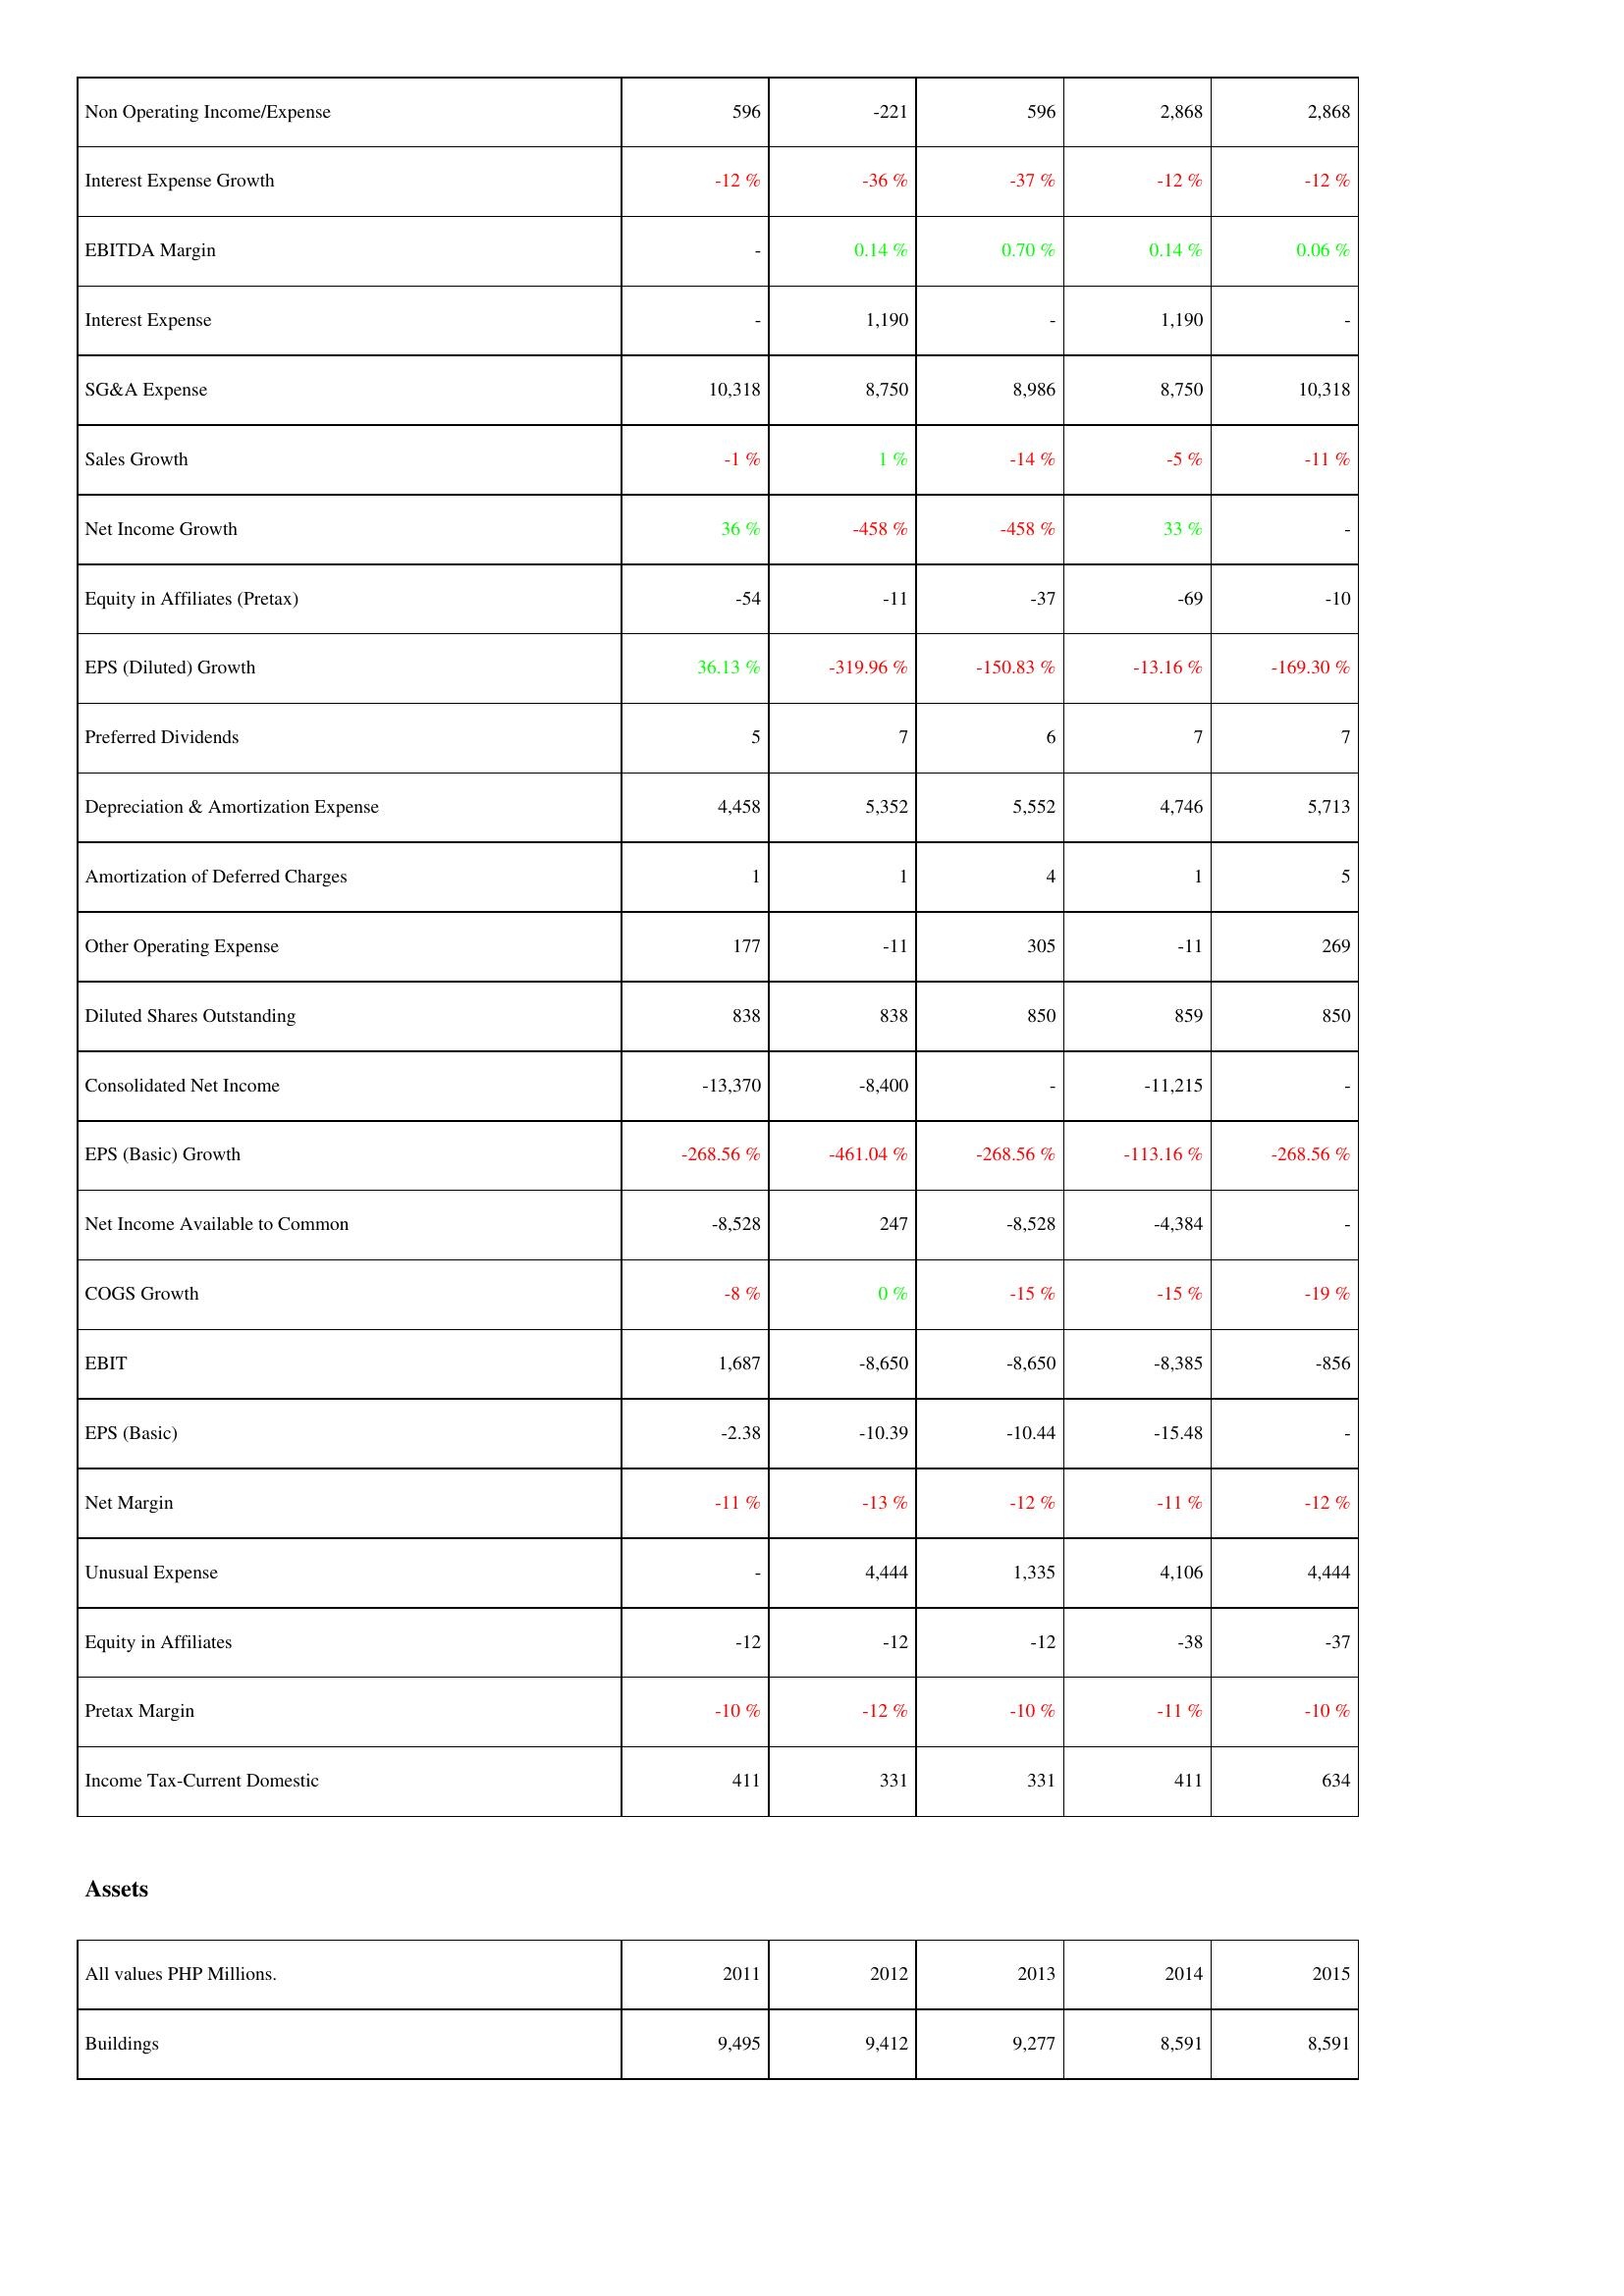
2011: Income Statement: Non Operating Income/Expense: 596
Interest Expense Growth: -12 %
EBITDA Margin: -
Interest Expense: -
SG&A Expense: 10,318
Sales Growth: -1 %
Net Income Growth: 36 %
Equity in Affiliates (Pretax): -54
EPS (Diluted) Growth: 36.13 %
Preferred Dividends: 5
Depreciation & Amortization Expense: 4,458
Amortization of Deferred Charges: 1
Other Operating Expense: 177
Diluted Shares Outstanding: 838
Consolidated Net Income: -13,370
EPS (Basic) Growth: -268.56 %
Net Income Available to Common: -8,528
COGS Growth: -8 %
EBIT: 1,687
EPS (Basic): -2.38
Net Margin: -11 %
Unusual Expense: -
Equity in Affiliates: -12
Pretax Margin: -10 %
Income Tax-Current Domestic: 411
Assets: Buildings: 9,495
2012: Income Statement: Non Operating Income/Expense: -221
Interest Expense Growth: -36 %
EBITDA Margin: 0.14 %
Interest Expense: 1,190
SG&A Expense: 8,750
Sales Growth: 1 %
Net Income Growth: -458 %
Equity in Affiliates (Pretax): -11
EPS (Diluted) Growth: -319.96 %
Preferred Dividends: 7
Depreciation & Amortization Expense: 5,352
Amortization of Deferred Charges: 1
Other Operating Expense: -11
Diluted Shares Outstanding: 838
Consolidated Net Income: -8,400
EPS (Basic) Growth: -461.04 %
Net Income Available to Common: 247
COGS Growth: 0 %
EBIT: -8,650
EPS (Basic): -10.39
Net Margin: -13 %
Unusual Expense: 4,444
Equity in Affiliates: -12
Pretax Margin: -12 %
Income Tax-Current Domestic: 331
Assets: Buildings: 9,412
2013: Income Statement: Non Operating Income/Expense: 596
Interest Expense Growth: -37 %
EBITDA Margin: 0.70 %
Interest Expense: -
SG&A Expense: 8,986
Sales Growth: -14 %
Net Income Growth: -458 %
Equity in Affiliates (Pretax): -37
EPS (Diluted) Growth: -150.83 %
Preferred Dividends: 6
Depreciation & Amortization Expense: 5,552
Amortization of Deferred Charges: 4
Other Operating Expense: 305
Diluted Shares Outstanding: 850
Consolidated Net Income: -
EPS (Basic) Growth: -268.56 %
Net Income Available to Common: -8,528
COGS Growth: -15 %
EBIT: -8,650
EPS (Basic): -10.44
Net Margin: -12 %
Unusual Expense: 1,335
Equity in Affiliates: -12
Pretax Margin: -10 %
Income Tax-Current Domestic: 331
Assets: Buildings: 9,277
2014: Income Statement: Non Operating Income/Expense: 2,868
Interest Expense Growth: -12 %
EBITDA Margin: 0.14 %
Interest Expense: 1,190
SG&A Expense: 8,750
Sales Growth: -5 %
Net Income Growth: 33 %
Equity in Affiliates (Pretax): -69
EPS (Diluted) Growth: -13.16 %
Preferred Dividends: 7
Depreciation & Amortization Expense: 4,746
Amortization of Deferred Charges: 1
Other Operating Expense: -11
Diluted Shares Outstanding: 859
Consolidated Net Income: -11,215
EPS (Basic) Growth: -113.16 %
Net Income Available to Common: -4,384
COGS Growth: -15 %
EBIT: -8,385
EPS (Basic): -15.48
Net Margin: -11 %
Unusual Expense: 4,106
Equity in Affiliates: -38
Pretax Margin: -11 %
Income Tax-Current Domestic: 411
Assets: Buildings: 8,591
2015: Income Statement: Non Operating Income/Expense: 2,868
Interest Expense Growth: -12 %
EBITDA Margin: 0.06 %
Interest Expense: -
SG&A Expense: 10,318
Sales Growth: -11 %
Net Income Growth: -
Equity in Affiliates (Pretax): -10
EPS (Diluted) Growth: -169.30 %
Preferred Dividends: 7
Depreciation & Amortization Expense: 5,713
Amortization of Deferred Charges: 5
Other Operating Expense: 269
Diluted Shares Outstanding: 850
Consolidated Net Income: -
EPS (Basic) Growth: -268.56 %
Net Income Available to Common: -
COGS Growth: -19 %
EBIT: -856
EPS (Basic): -
Net Margin: -12 %
Unusual Expense: 4,444
Equity in Affiliates: -37
Pretax Margin: -10 %
Income Tax-Current Domestic: 634
Assets: Buildings: 8,591